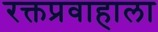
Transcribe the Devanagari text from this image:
रक्तप्रवाहाला